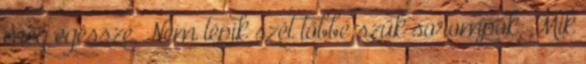
még egésszé, Nem tépik szét többé szűk sorompók, Mik